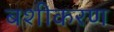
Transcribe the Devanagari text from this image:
बशीकरण